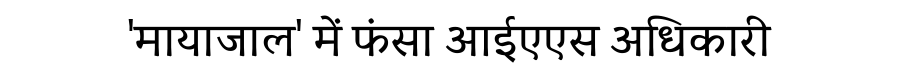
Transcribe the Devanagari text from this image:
'मायाजाल' में फंसा आईएएस अधिकारी